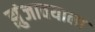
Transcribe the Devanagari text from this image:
झुंजावयाला